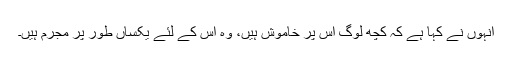
انہوں نے کہا ہے کہ کچھ لوگ اس پر خاموش ہیں، وہ اس کے لئے یکساں طور پر مجرم ہیں۔